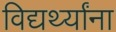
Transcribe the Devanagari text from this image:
विद्यर्थ्यांना